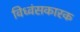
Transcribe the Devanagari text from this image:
विध्वंसकारक